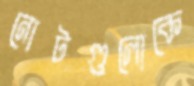
নোটগুলোকে